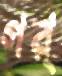
গর্